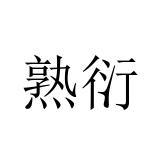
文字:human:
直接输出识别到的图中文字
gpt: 熟衍